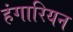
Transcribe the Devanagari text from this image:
हंगारियन